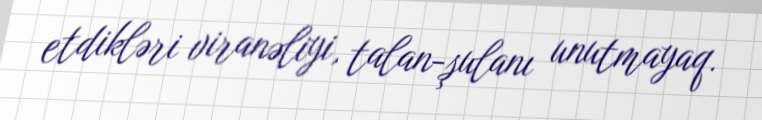
etdikləri viranəliyi, talan-şulanı unutmayaq.